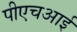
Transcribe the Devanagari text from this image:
पीएचआई